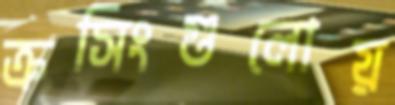
ক্রসিংগুলোয়